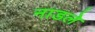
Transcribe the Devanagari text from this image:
नाडले